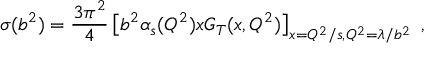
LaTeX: \sigma ( b ^ { 2 } ) = { \frac { 3 \pi ^ { 2 } } { 4 } } \left[ b ^ { 2 } \alpha _ { s } ( Q ^ { 2 } ) x G _ { T } ( x , Q ^ { 2 } ) \right] _ { x = Q ^ { 2 } / s , Q ^ { 2 } = \lambda / b ^ { 2 } } \ ,